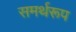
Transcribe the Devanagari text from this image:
समर्थरूप